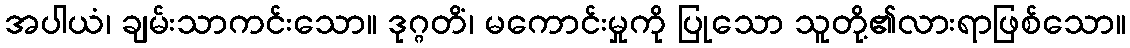
အပါယံ၊ ချမ်းသာကင်းသော။ ဒုဂ္ဂတိံ၊ မကောင်းမှုကို ပြုသော သူတို့၏လားရာဖြစ်သော။